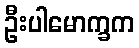
ဦးပါမောက္ခက